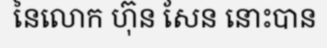
នៃលោក ហ៊ុន សែន នោះបាន